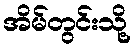
အိမ်တွင်းသို့